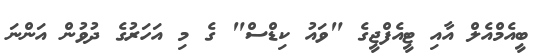
ބީއެމްއެލް އާއި ޓީއެފްޖީގެ "ވައު ކިޑްސް" ގެ މި އަހަރުގެ ދުވުން އަންނަ